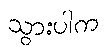
သွားပါက